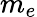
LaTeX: m_{e}